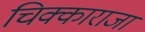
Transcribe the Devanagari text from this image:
चिक्काराजा